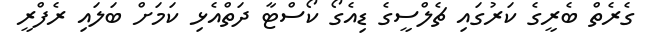
ގެރެތް ބެރީގެ ކަރުގައި ޗެލްސީގެ ޑިއެގޯ ކޯސްޓާ ދަތްއެޅި ކަމަށް ބަލައި ރެފްރީ